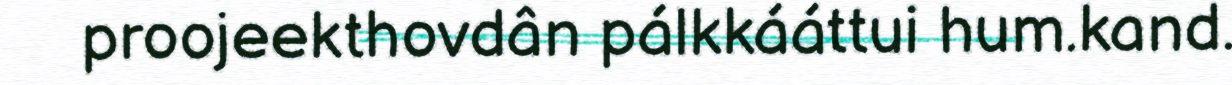
proojeekthovdân pálkkááttui hum.kand.